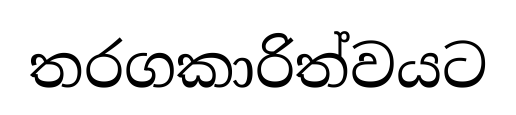
තරගකාරිත්වයට